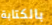
بالكتابة